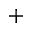
^ { + }